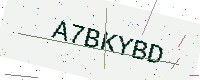
Text: A7BKYBD